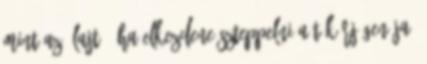
mint az ólajtó, ha elkezdene szteppelni a tükörjégen Ja,